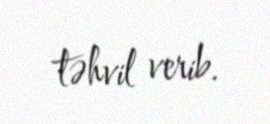
təhvil verib.